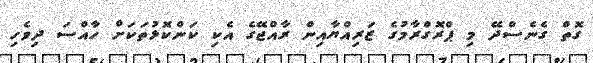
ގޮތް ގެނެސްދޭ މި ޕްރޮގްރާމުގެ ޒަރިއްޔާއިން ރާއްޖޭގެ އެކި ކަންކޮޅުތަކަށް ހާއްސަ ދިވެހި